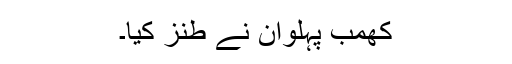
کھمب پہلوان نے طنز کیا۔